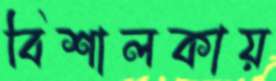
বিশালকায়